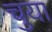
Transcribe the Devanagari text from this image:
चुया